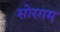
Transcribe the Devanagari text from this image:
सोरगम